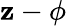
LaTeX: \mathbf{z}-\phi